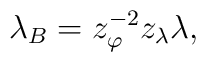
\lambda _{B}=z_{\varphi }^{-2}z_{\lambda }\lambda ,